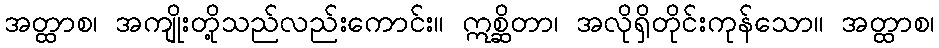
အတ္ထာစ၊ အကျိုးတို့သည်လည်းကောင်း။ ဣစ္ဆိတာ၊ အလိုရှိတိုင်းကုန်သော။ အတ္ထာစ၊